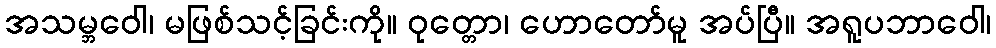
အသမ္ဘဝေါ၊ မဖြစ်သင့်ခြင်းကို။ ဝုတ္တော၊ ဟောတော်မူ အပ်ပြီ။ အရူပဘာဝေါ၊